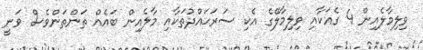
ވިލިމާލެއިން 4 ގެއަކާއި ވިލިމާލޭގެ އެކި ސަރަޙައްދުތަކާއި މާލެއިން ބައެއް ތަންތަންވެސް ވަނީ